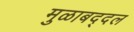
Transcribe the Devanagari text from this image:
मुळाबद्दल